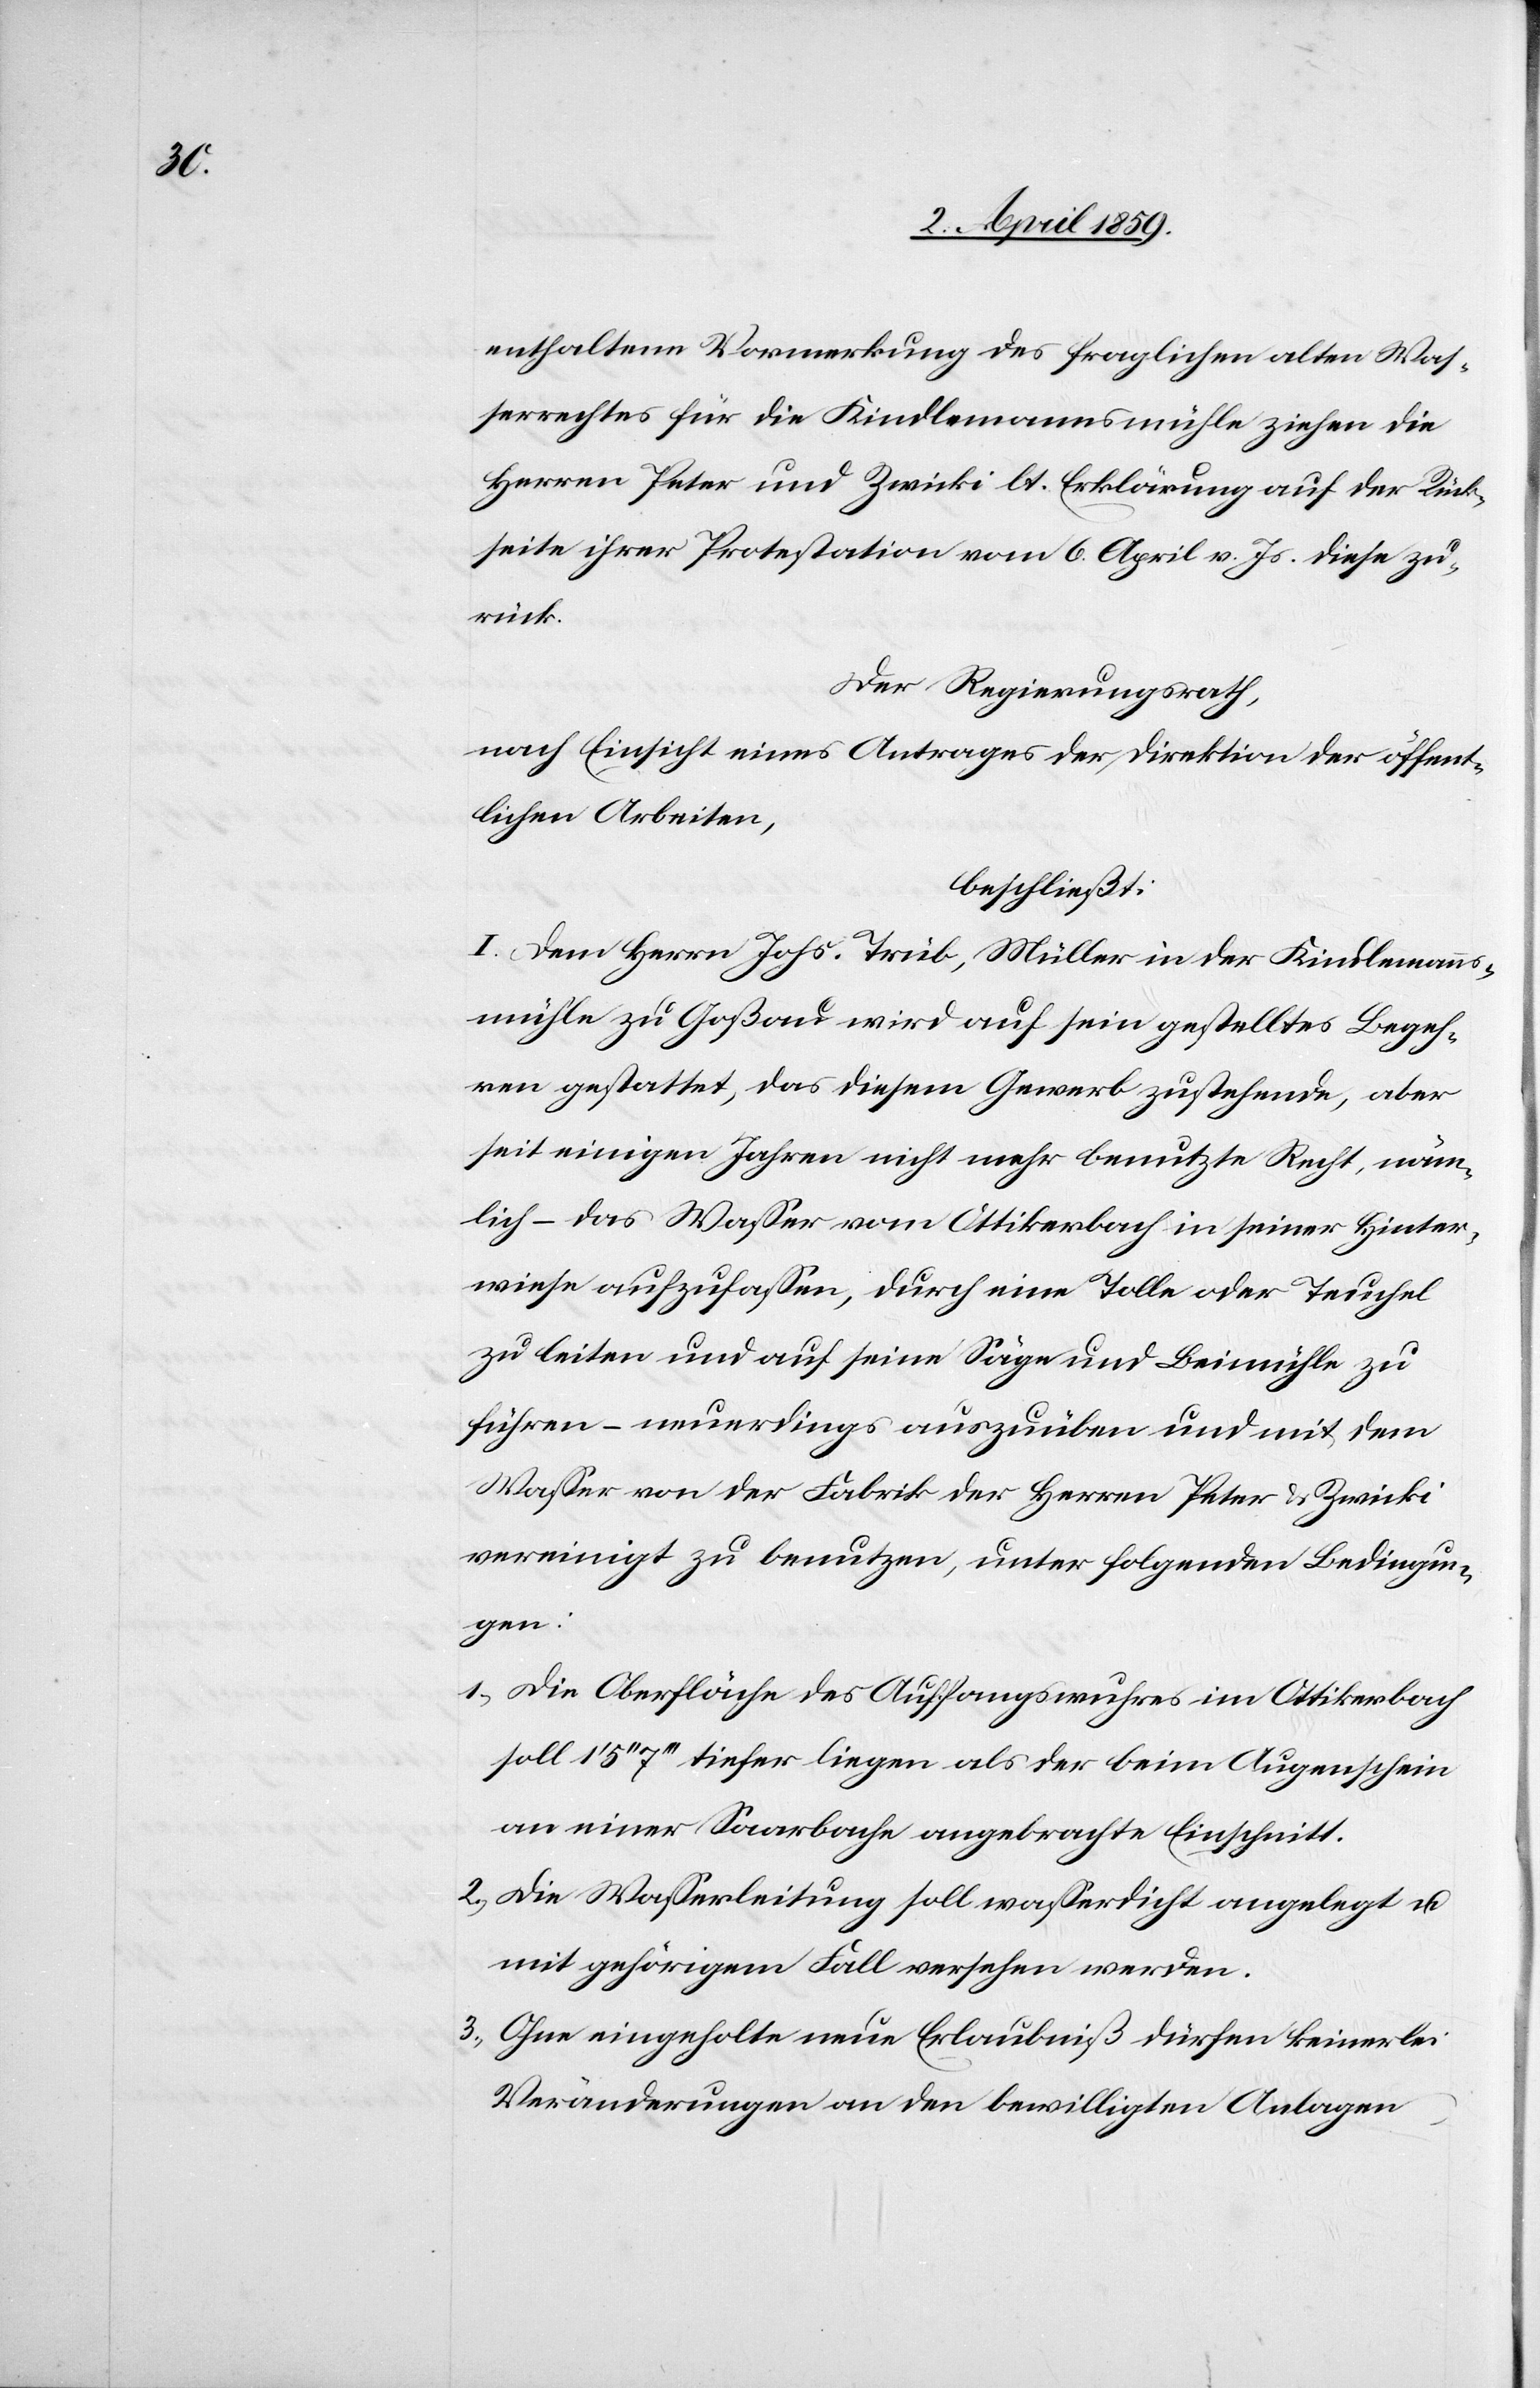
enthaltene Vormerkung des fraglichen alten Was¬
serrechtes für die Kindlemannsmühle ziehen die
Herren Peter und Zwicki lt. Erklärung auf der Rück¬
seite ihrer Protestation vom 6. April v. Js. diese zu¬
rück.
Der Regierungsrath,
nach Einsicht eines Antrages der Direktion der öffent¬
lichen Arbeiten,
beschließt:
I. Dem Herrn Johs. Trüb, Müller in der Kindlemanns¬
mühle zu Goßau wird auf sein gestelltes Begeh¬
ren gestattet, das diesem Gewerb zustehende, aber
seit einigen Jahren nicht mehr benutzte Recht, näm¬
lich – das Waßer vom Ottikerbach in seiner Hinter¬
wiese aufzufaßen, durch eine Tolle oder Teuchel
zu leiten und auf seine Säge und Beimühle zu
führen – neuerdings auszuüben und mit dem
Waßer von der Fabrik der Herren Peter & Zwicki
vereinigt zu benutzen, unter folgenden Bedingun¬
gen:
1) Die Oberfläche des Auffangswuhres im Ottikerbach
soll 1‘ 5‘‘ 7‘‘‘ tiefer liegen als der beim Augenschein
an einer Saarbahn angebrachte Einschnitt.
2) Die Waßerleitung soll waßerdicht angelegt u.
mit gehörigem Fall versehen werden.
3) Ohne eingeholte neue Erlaubniß dürfen keinerlei
Veränderungen an den bewilligten Anlagen